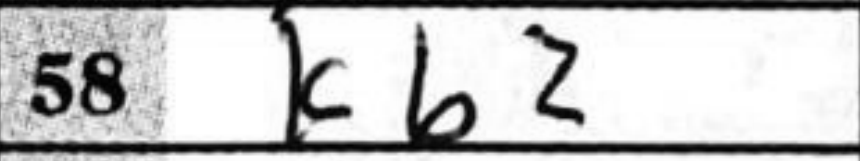
Transcription: Kb2